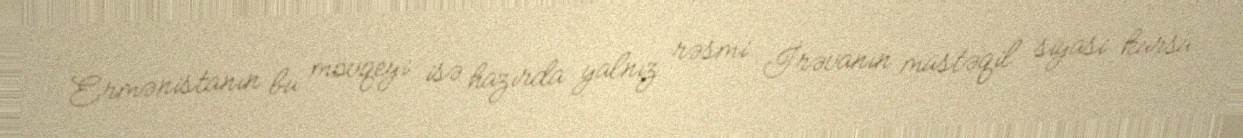
Ermənistanın bu mövqeyi isə hazırda yalnız rəsmi İrəvanın müstəqil siyasi kursu